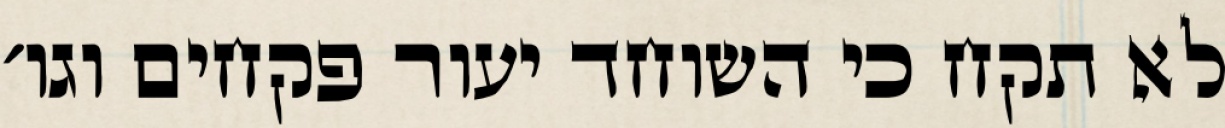
לא תקח כי השוחד יעור פקחים וגו׳